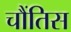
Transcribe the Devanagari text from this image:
चौंतिस